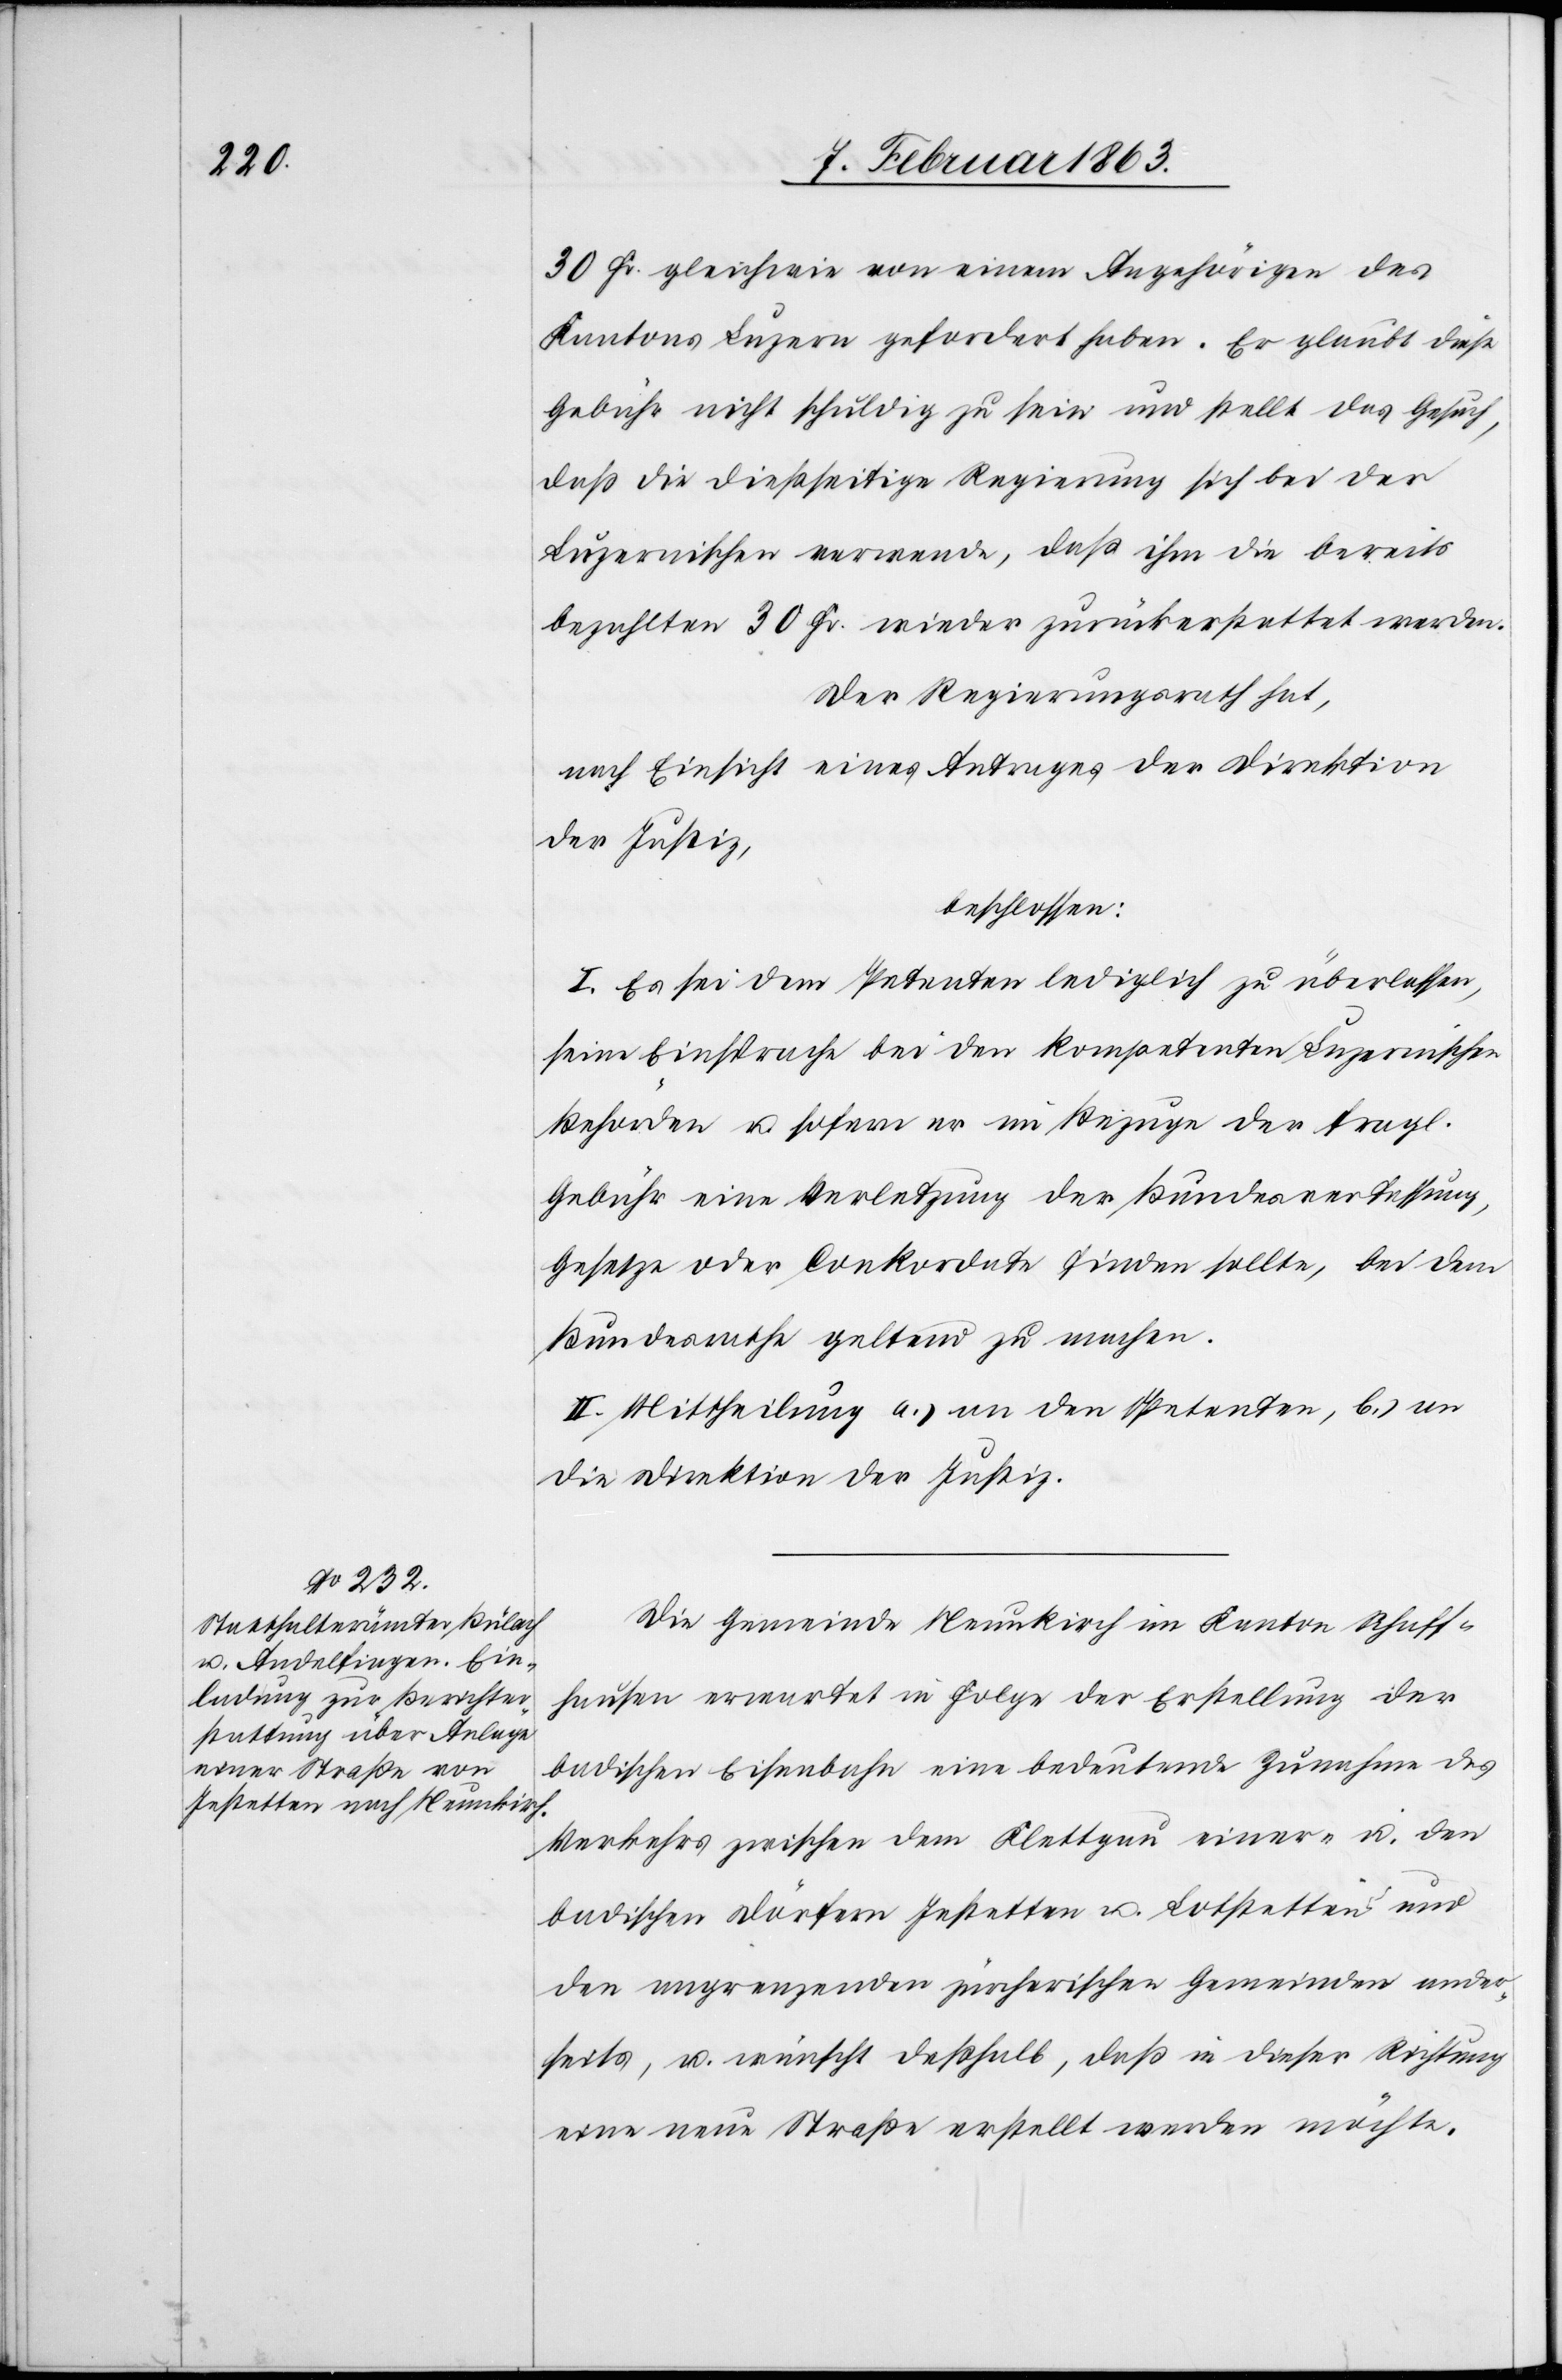
30 Fr. gleichwie von einem Angehörigen des
Kantons Luzern gefordert haben. Er glaubt diese
Gebühr nicht schuldig zu sein und stellt das Gesuch,
daß die dießseitige Regierung sich bei der
Luzernischen verwende, daß ihm die bereits
bezahlten 30 Fr. wieder zurückerstattet werden.
Der Regierungsrath hat,
nach Einsicht eines Antrages der Direktion
der Justiz,
beschlossen:
I. Es sei dem Petenten lediglich zu überlassen,
seine Einsprache bei den kompetenten Luzernischen
Behörden u. sofern er im Bezuge der fragl.
Gebühr eine Verletzung der Bundesverfassung,
Gesetze oder Conkordate finden sollte, bei dem
Bundesrathe geltend zu machen.
II. Mittheilung a.) an den Petenten, b.) an
die Direktion der Justiz.
Die Gemeinde Neunkirch im Kanton Schaff¬
hausen erwartet in Folge der Erstellung der
badischen Eisenbahn eine bedeutende Zunahme des
Verkehrs zwischen dem Klettgau einer- u. den
badischen Dörfern Jestetten u. Lotstetten und
den angrenzenden zürcherischen Gemeinden ander¬
seits, u. wünscht deßhalb, daß in dieser Richtung
eine neue Straße erstellt werden möchte.